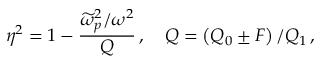
\eta ^ { 2 } = 1 - \frac { \widetilde { \omega } _ { p } ^ { 2 } / \omega ^ { 2 } } { Q } \, , \quad Q = \left( Q _ { 0 } \pm F \right) / Q _ { 1 } \, ,